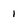
Character: 1